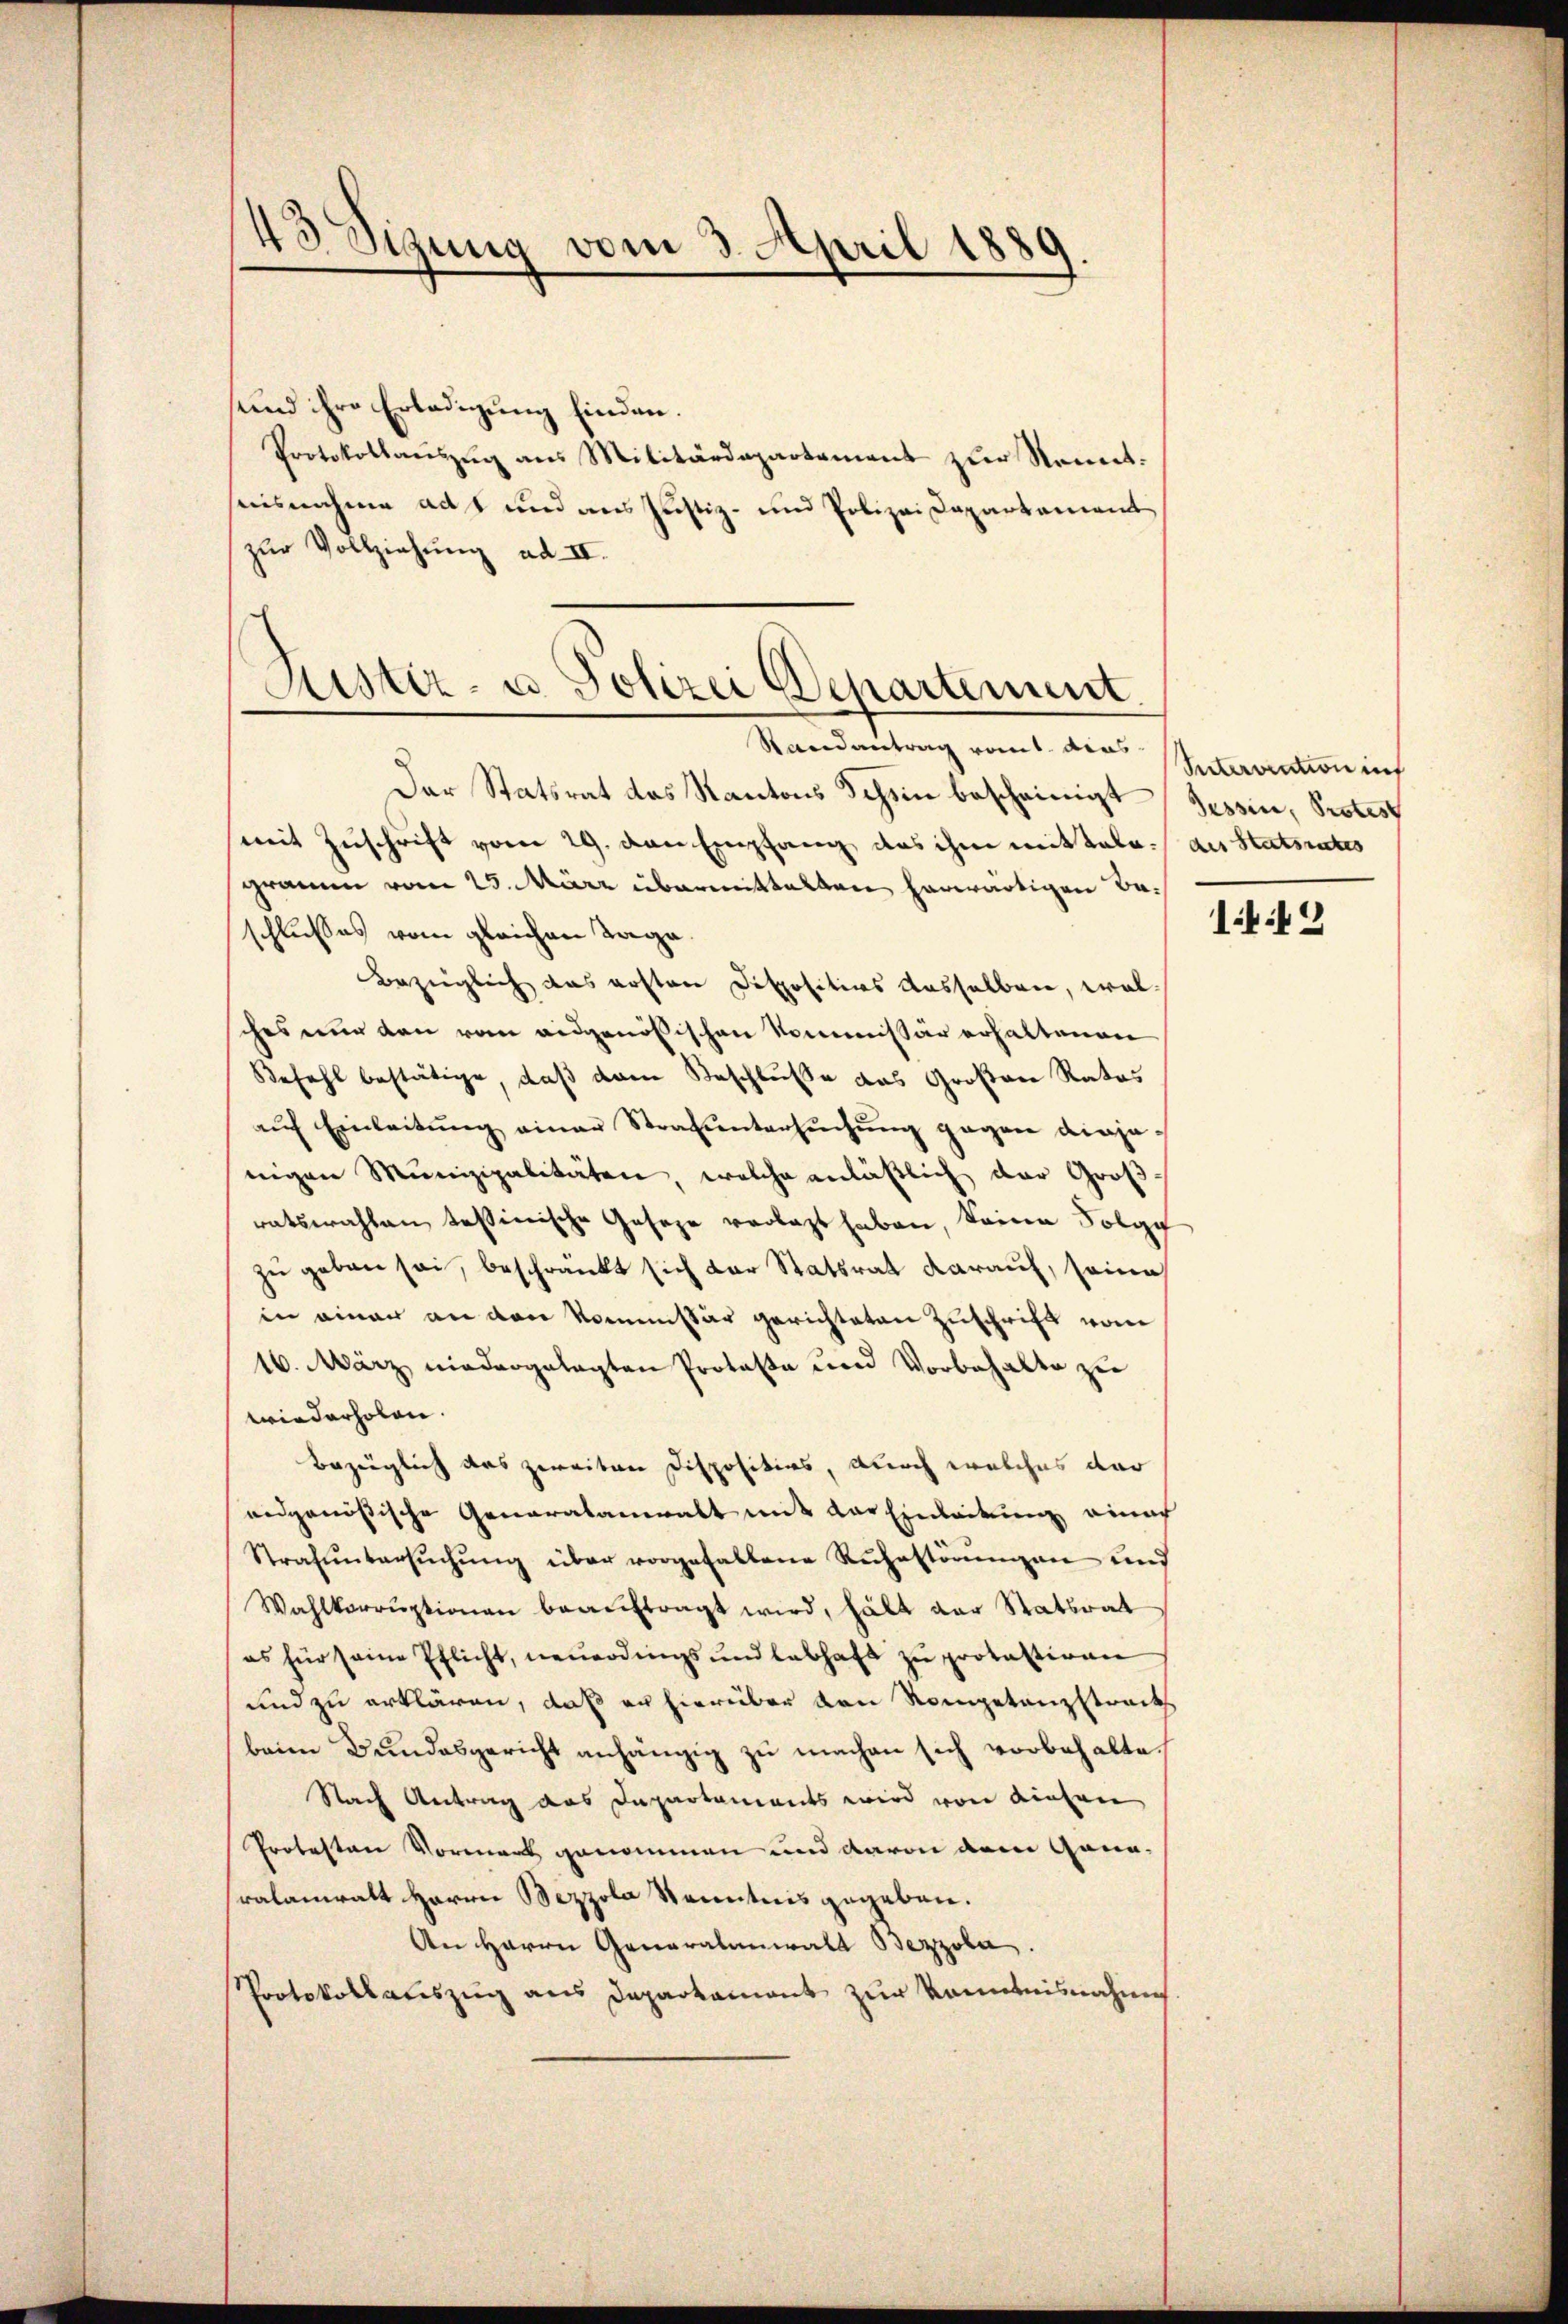
und ihre Erledigung finden.
Protokollaŭszŭg ans Militärdepartament zŭr Sonnt.
aisnahme aus und aus Justiz- und Polizei Dapartament
zur Vollziehung ad II.

43 Sizung vom 3. April 1889.

Ristiz- u. Polizei Departement
Randantrag rout. dies
Der Statsrat das Kantons Schein bescheinigt, Tessin, Protest

mit Zuschrift vom 29. den Empfang das ihm mittale des Statsrates
gramm vom 25. März übermittalten herwärtigen Baschlusses vom gleichen Tage.
Bezüglich das ersten Dispositios dasselben, wel
ches nur den vom eidgenössischen Kommissär erhaltenen
Befehl bestätige, daß dem Beschluße das Großen Rates
aŭf Einleitŭng einer Strafŭntersŭchŭng gegen diejenigen Munizipalitäten, welche anläßlich der Großratswahlen tessinische Geseze verlegt haben, keinen Folg
zu geben sei, beschränkt sich der Statsrat darauf, seine
in einer an den Kommissär gerichteten Zuschrift vom
16. März niedergelegten Protoka und Vorbehalte zu
wiederholen.
bezüglich das zweiten Dispositios, durch welches dar
eidgenössische Generalanwalt mit der Einleitung einac
Strafuntersŭchŭng über vorgefallene Ruhestörungen und
Wahlkorruptionen beauftragt wird, hält der Statsrat
es für seine Pflicht, neŭerdings und lebhaft zŭ protestiren
und zu erklären, daß er hierüber von Kompetanzstracts
beim Bundesgericht anhängig zu machen sich vorbehalte
Nach Antrag das Departaments wird von diesen
Proteston Vorment genommen und davon dem Gönnralanratt Herrn Bezzola Kenntnis gegeben.
An Herrn Generalanwald Bezzola,
Protokollauszug aus Daparkament zur Kenntnisnahme

Setervention auf

1449